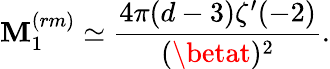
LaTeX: \mathbf{M}_{1}^{(rm)}\simeq\frac{{4\pi(d-3)\zeta^{\prime}(-2)}}{{(\betat)^{2}}}.